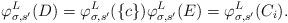
LaTeX: \begin{align*}\varphi^L_{\sigma, s'}(D) = \varphi^L_{\sigma, s'}(\{c\}) \varphi^L_{\sigma, s'}(E) = \varphi^L_{\sigma, s'}(C_i).\end{align*}